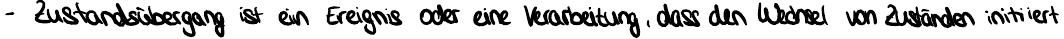
- Zustandsübergang ist ein Ereignis oder eine Verarbeitung, dass den Wechsel von Zuständen initiiert